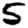
Digit: 5